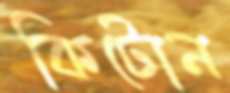
কিটোন